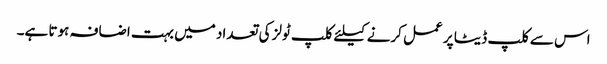
اس سے کلپ ڈیٹا پر عمل کرنے کیلئے کلپ ٹولز کی تعداد میں بہت اضافہ ہوتا ہے۔